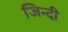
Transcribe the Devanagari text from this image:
जिन्दी